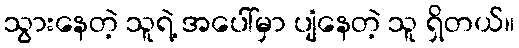
သွားနေတဲ့ သူရဲ့ အပေါ်မှာ ပျံနေတဲ့ သူ ရှိတယ်။